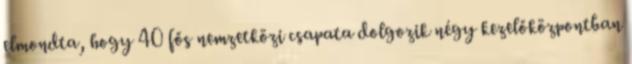
elmondta, hogy 40 fős nemzetközi csapata dolgozik négy kezelőközpontban